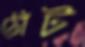
ঠোঁট